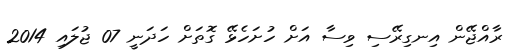
ރާއްޖޭން އިނގިރޭސި ވިސާ އަށް ހުށަހެޅޭ ގޮތަށް ހަދަނީ 07 ޖުލައި 2014